system: You are a helpful assistant.
user:
Analyze the provided spectrum to determine if it is a **"Cataclysmic Variables (CV)"**.

- **Key Indicators for CV (Check for either state):**
    - **State 1: Quiescent / Low-State (Emission-Dominated)**
        - **(Primary):** Strong and *very broad* Hydrogen Balmer emission lines (e.g., $H\alpha$ at 6563 Å, $H\beta$ at 4861 Å). The 'broadness' (high velocity dispersion, often FWHM > 1000 km/s) is the key diagnostic, indicating a high-velocity accretion disk.
        - **(Secondary):** Broad neutral Helium (He I) emission lines (e.g., 5876 Å, 6678 Å).
        - **(Key Confirmation):** Presence of high-excitation *ionized* Helium (He II) emission at 4686 Å. This is a strong indicator of accretion onto a white dwarf.
        - **(Line Profile):** Emission lines may exhibit a 'double-peaked' profile, which is a classic signature of a rotating accretion disk viewed at high inclination.

    - **State 2: Outburst / High-State (Absorption-Dominated)**
        - **(Primary):** Spectrum is dominated by a bright, blue continuum (looks like a hot star).
        - **(Secondary):** The emission lines from State 1 are weak, absent, or 'filled in', and are replaced by broad, shallow *absorption* lines (primarily Balmer and He I).
        - **(Morphology):** The overall spectrum mimics a hot B/A-type star. The crucial difference is that the absorption lines are significantly broader, shallower, and more 'washed-out' (or 'smeared') than the sharp lines of a normal stellar photosphere, due to high rotational speeds and pressure broadening in the disk.

Think first, call **spectral_visualization_tool** if needed to examine features in detail, then provide your final answer. Your response must adhere to the following strict rules:
1.  **Overall Structure:** Your response must follow the format `<think>...</think> <tool_call>...</tool_call> (if a tool is used) <answer>...</answer>`.
2.  **Tool Usage Constraint:** You may only make **one** tool call per turn.
3.  **Final Answer Format:** In the `<answer>` tag, your conclusion must be inside a `\boxed{}` command (e.g., `\boxed{YES}`), followed by your justification.

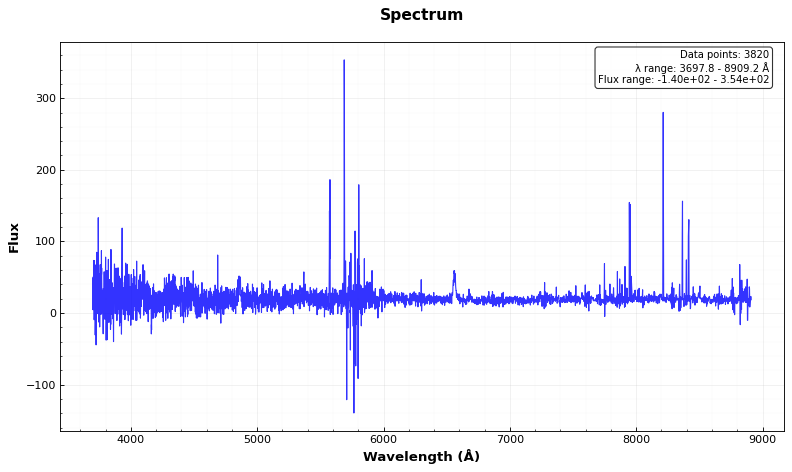
Answer: YES